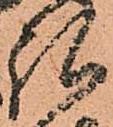
弘